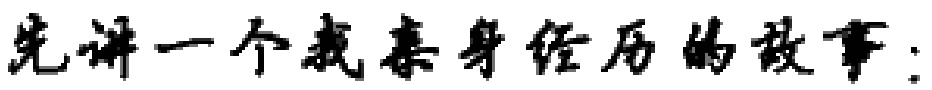
先讲一个我亲身经历的故事：